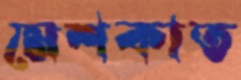
মেশকাত